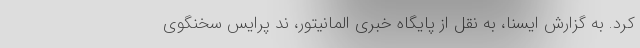
کرد. به گزارش ایسنا، به نقل از پایگاه خبری المانیتور، ند پرایس سخنگوی